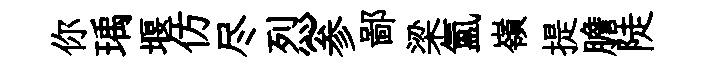
你瑀堰仿尽烈~参鄙梁氳嶺提膽陡